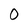
Character: 0